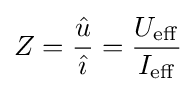
Z={\frac {\hat {u}}{\hat {\imath }}}={\frac {U_{\mathrm {eff} }}{I_{\mathrm {eff} }}}